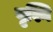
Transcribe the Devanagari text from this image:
वृश्नि